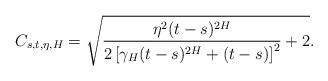
LaTeX: \begin{align*}C_{s,t,\eta,H}=\sqrt{\frac{\eta^{2}(t-s)^{2H}}{2\left[\gamma_{H}(t-s)^{2H}+(t-s)\right]^{2}}+2}.\end{align*}